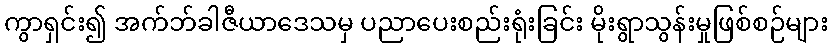
ကွာရှင်း၍ အက်ဘ်ခါဇီယာဒေသမှ ပညာပေးစည်းရုံးခြင်း မိုးရွာသွန်းမှုဖြစ်စဉ်များ